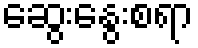
ဆွေးနွေးစရာ